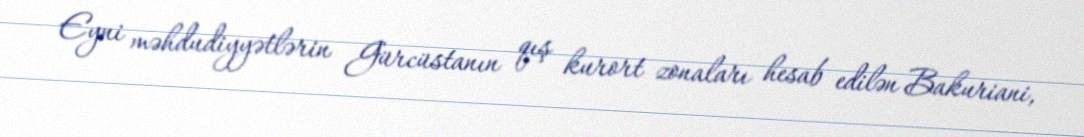
Eyni məhdudiyyətlərin Gürcüstanın qış kurort zonaları hesab edilən Bakuriani,